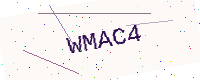
Text: WMAC4